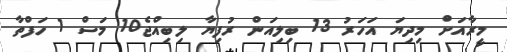
މީރާއަށް މިދިޔަ އަހަރު 13 ބިލިއަން ރުފިޔާ ލިބިއްޖެ10 މަސް 1 ހަފްތާ